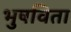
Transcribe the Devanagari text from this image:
भुषविता